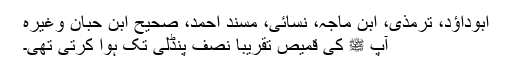
ابوداؤد، ترمذی، ابن ماجہ، نسائی، مسند احمد، صحیح ابن حبان وغیرہ
آپ ﷺ کی قمیص تقریباً نصف پنڈلی تک ہوا کرتی تھی۔